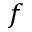
f